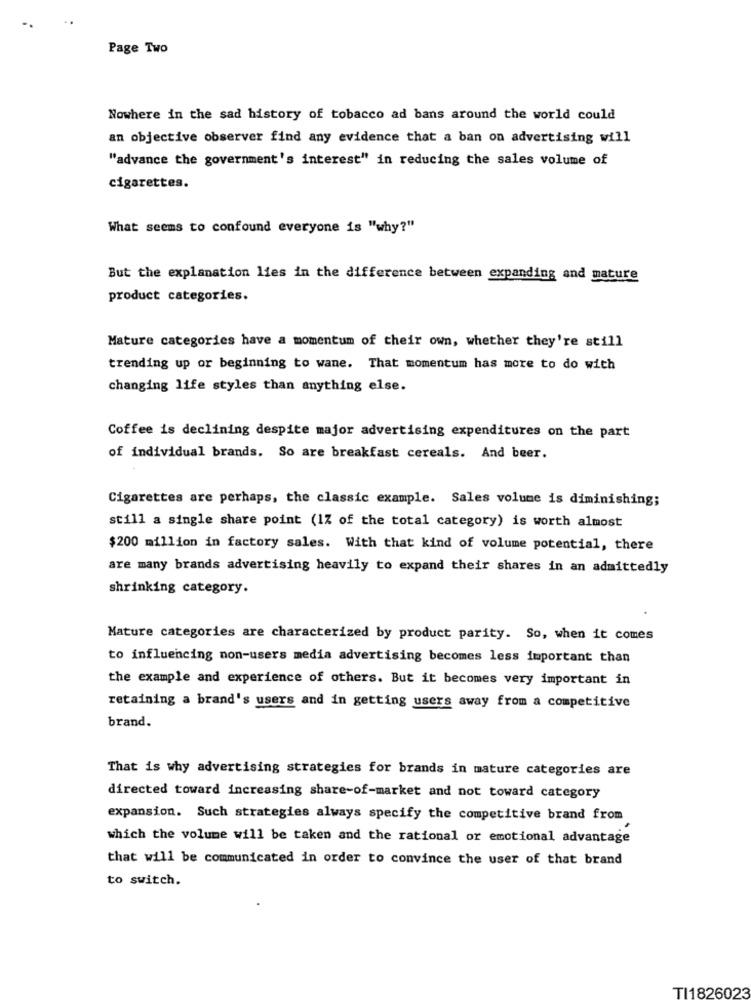
Page Two
Nowhere in the sad history of tobacco ad bans around the world could
an objective observer find any evidence that a ban on advertising will
"advance the government's interest" in reducing the sales volume of
cigarettes.
What seems to confound everyone is "why?"
But the explanation lies in the difference between expanding and mature
product categories.
Mature categories have a momentum of their own, whether they're still
trending up or beginning to wane. That momentum has more to do with
changing life styles than anything else.
Coffee is declining despite major advertising expenditures on the part
of individual brands. So are breakfast cereals. And beer.
Cigarettes are perhaps, the classic example. Sales volume is diminishing;
still a single share point (1% of the total category) is worth almost
$200 million in factory sales. With that kind of volume potential, there
are many brands advertising heavily to expand their shares in an admittedly
shrinking category.
Mature categories are characterized by product parity. So, when it comes
to influencing non-users media advertising becomes less important than
the example and experience of others. But it becomes very important in
retaining a brand's users and in getting users away from a competitive
brand.
That is why advertising strategies for brands in mature categories are
directed toward increasing share-of-market and not toward category
expansion. Such strategies always specify the competitive brand from
which the volume will be taken and the rational or emotional advantage
that will be communicated in order to convince the user of that brand
to switch.
TI1826023